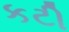
કટી